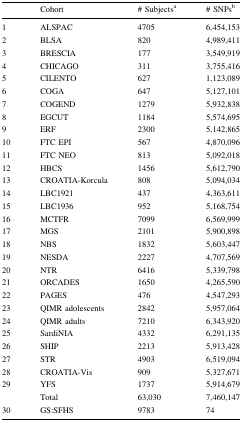
|  | Cohort | # Subjectsa | # SNPsb |
 | --- | --- | --- | --- |
 | 1 | ALSPAC | 4705 | 6,454,153 |
 | 2 | BLSA | 820 | 4,989,411 |
 | 3 | BRESCIA | 177 | 3,549,919 |
 | 4 | CHICAGO | 311 | 3,755,416 |
 | 5 | CILENTO | 627 | 1,123,089 |
 | 6 | COGA | 647 | 5,127,101 |
 | 7 | COGEND | 1279 | 5,932,838 |
 | 8 | EGCUT | 1184 | 5,574,695 |
 | 9 | ERF | 2300 | 5,142,865 |
 | 10 | FTC EPI | 567 | 4,870,096 |
 | 11 | FTC NEO | 813 | 5,092,018 |
 | 12 | HBCS | 1456 | 5,612,790 |
 | 13 | CROATIA-Korcula | 808 | 5,094,034 |
 | 14 | LBC1921 | 437 | 4,363,611 |
 | 15 | LBC1936 | 952 | 5,168,754 |
 | 16 | MCTFR | 7099 | 6,569,999 |
 | 17 | MGS | 2101 | 5,900,898 |
 | 18 | NBS | 1832 | 5,603,447 |
 | 19 | NESDA | 2227 | 4,707,569 |
 | 20 | NTR | 6416 | 5,339,798 |
 | 21 | ORCADES | 1650 | 4,265,590 |
 | 22 | PAGES | 476 | 4,547,293 |
 | 23 | QIMR adolescents | 2842 | 5,957,064 |
 | 24 | QIMR adults | 7210 | 6,343,920 |
 | 25 | SardiNIA | 4332 | 6,291,135 |
 | 26 | SHIP | 2213 | 5,913,428 |
 | 27 | STR | 4903 | 6,519,094 |
 | 28 | CROATIA-Vis | 909 | 5,327,671 |
 | 29 | YFS | 1737 | 5,914,679 |
 |  | Total | 63,030 | 7,460,147 |
 | 30 | GS:SFHS | 9783 | 74 |